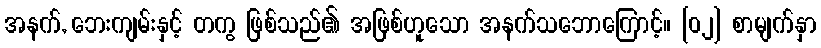
အနက်, ဘေးကျမ်းနှင့် တကွ ဖြစ်သည်၏ အဖြစ်ဟူသော အနက်သဘောကြောင့်။ [၀၂] စာမျက်နှာ